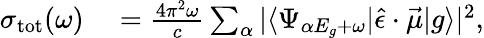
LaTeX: \begin{array}{rl}{\sigma_{\mathrm{tot}}(\omega)}&{{}=\frac{4\pi^{2}\omega}{c}\sum_{\alpha}|\langle\Psi_{\alpha E_{g}+\omega}|\hat{\epsilon}\cdot\vec{\mu}|g\rangle|^{2},}\end{array}